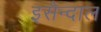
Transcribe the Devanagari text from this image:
इसैन्दाल